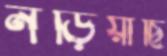
নড়িয়াছি